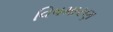
વિષમારણ